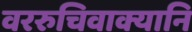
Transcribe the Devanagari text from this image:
वररुचिवाक्यानि